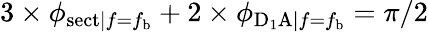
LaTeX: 3\times\phi_{\mathrm{sect}|f=f_{\mathrm{b}}}+2\times\phi_{\mathrm{D_{1}A}|f=f_{\mathrm{b}}}=\pi/2